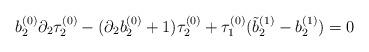
LaTeX: \begin{align*}b_{2}^{(0)} \partial_{2} \tau_{2}^{(0)} - ( \partial_{2} b_{2}^{(0)} + 1) \tau_{2}^{(0)} + \tau_{1}^{(0)} ( \tilde{b}_{2}^{(1)} - b_{2}^{(1)}) =0\end{align*}